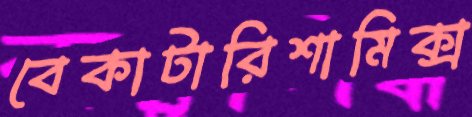
বেকাটারিশামিক্স